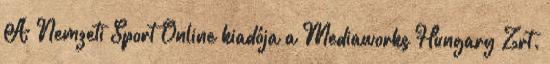
A Nemzeti Sport Online kiadója a Mediaworks Hungary Zrt.